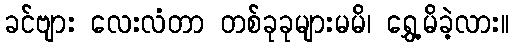
ခင်ဗျား လေးလံတာ တစ်ခုခုများမမိ၊ ရွှေ့မိခဲ့လား။